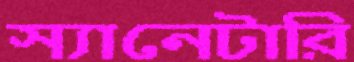
স্যানেটারি